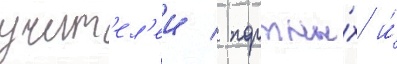
учит'ел'еи / портны́х и́